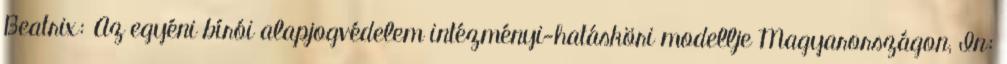
Beatrix: Az egyéni bírói alapjogvédelem intézményi-hatásköri modellje Magyarországon, In: